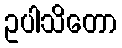
ဥပါသိတော